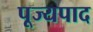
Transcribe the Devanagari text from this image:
पूज्‍यपाद